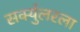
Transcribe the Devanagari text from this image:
सर्क्युलरला